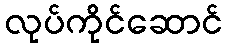
လုပ်ကိုင်ဆောင်